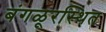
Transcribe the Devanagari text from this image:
बंगळूरस्थित